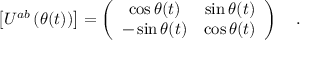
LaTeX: \left[ U ^ { a b } \left( \theta ( t ) \right) \right] = \left( \begin{array} { c c } { { \cos \theta ( t ) } } & { { \sin \theta ( t ) } } \\ { { - \sin \theta ( t ) } } & { { \cos \theta ( t ) } } \end{array} \right) \ \ \ .